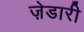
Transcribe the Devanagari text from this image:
ज़ेडारी